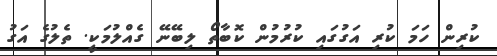
ކުރިން ހަމަ ކުރި އަގުގައި ކުރުމުން ކޮބާތޯ ލިބޭނޭ ގެއްލުމަކީ. ތެލުގެ އަގު